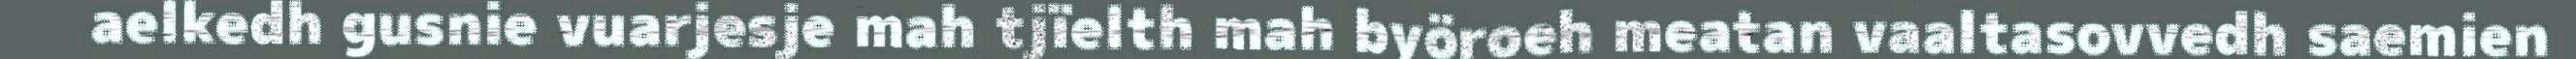
aelkedh gusnie vuarjesje mah tjïelth mah byöroeh meatan vaaltasovvedh saemien